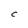
Character: C